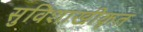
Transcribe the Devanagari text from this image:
सुविशाखीकृत